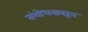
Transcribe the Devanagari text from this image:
संशोधनावरून